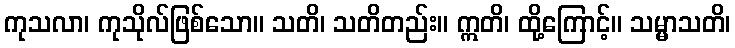
ကုသလာ၊ ကုသိုလ်ဖြစ်သော။ သတိ၊ သတိတည်း။ ဣတိ၊ ထို့ကြောင့်။ သမ္မာသတိ၊